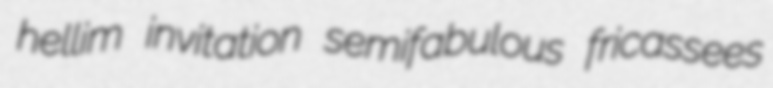
hellim invitation semifabulous fricassees